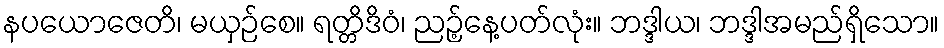
နပယောဇေတိ၊ မယှဉ်စေ။ ရတ္တိဒိဝံ၊ ညဉ့်နေ့ပတ်လုံး။ ဘဒ္ဒါယ၊ ဘဒ္ဒါအမည်ရှိသော။